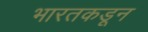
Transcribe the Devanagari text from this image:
भारतकडून